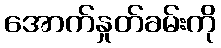
အောက်နှုတ်ခမ်းကို